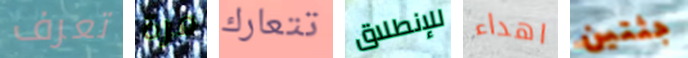
تعرف مرة تتعارك للإنطلاق اهداء جثتين